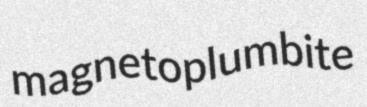
magnetoplumbite